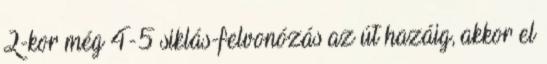
2-kor még 4-5 siklás-felvonózás az út hazáig, akkor el